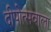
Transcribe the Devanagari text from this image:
दीपोत्सवाला